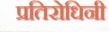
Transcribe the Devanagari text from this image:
प्रतिरोधिनी